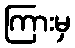
ကြားမှ